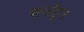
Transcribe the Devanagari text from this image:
सर्वाहून